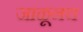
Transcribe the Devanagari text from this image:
जाळूनच